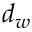
d _ { w }